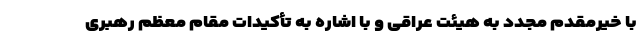
با خیرمقدم مجدد به هیئت عراقی و با اشاره به تأکیدات مقام معظم رهبری